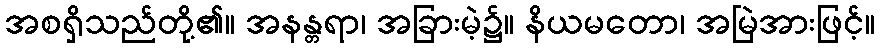
အစရှိသည်တို့၏။ အနန္တရာ၊ အခြားမဲ့၌။ နိယမတော၊ အမြဲအားဖြင့်။